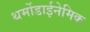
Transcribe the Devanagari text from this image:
थर्मोडाईनेमिक